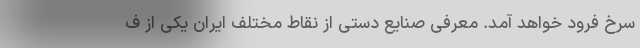
سرخ فرود خواهد آمد. معرفی صنایع دستی از نقاط مختلف ایران یکی از ف